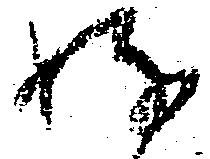
好